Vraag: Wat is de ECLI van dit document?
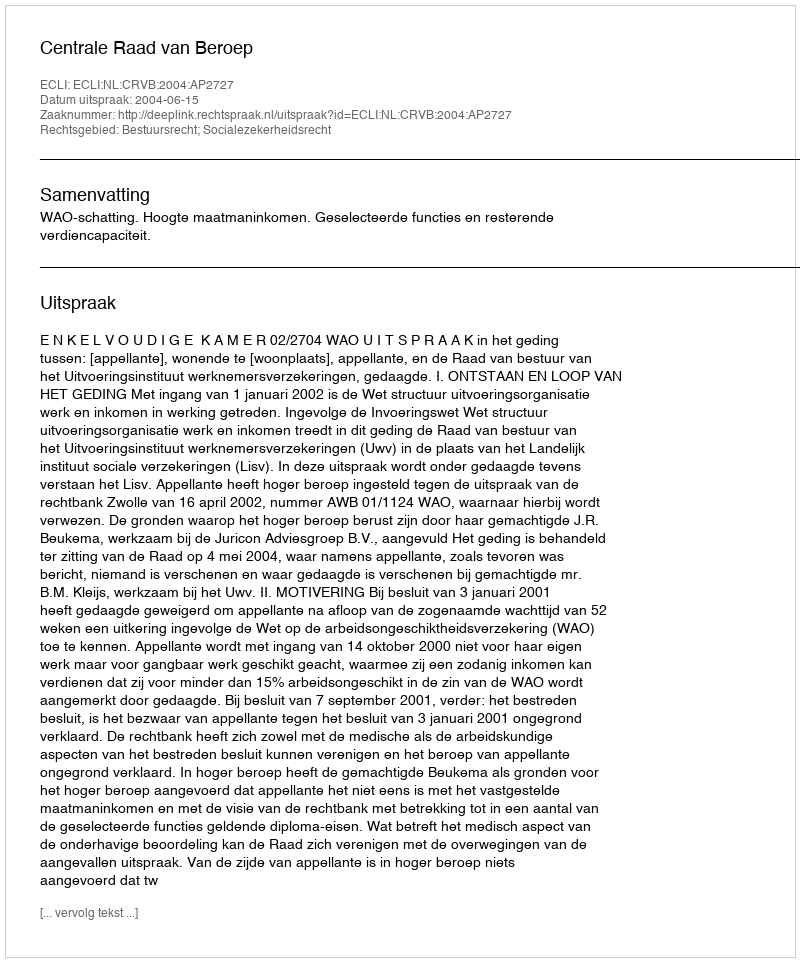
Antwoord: ECLI:NL:CRVB:2004:AP2727